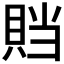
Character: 𰷁